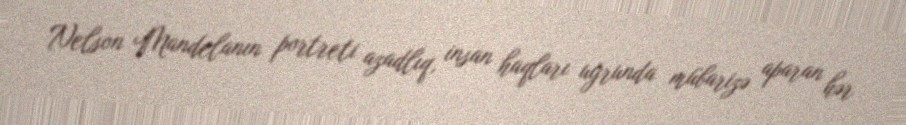
Nelson Mandelanın portreti azadlıq, insan haqları uğrunda mübarizə aparan hər